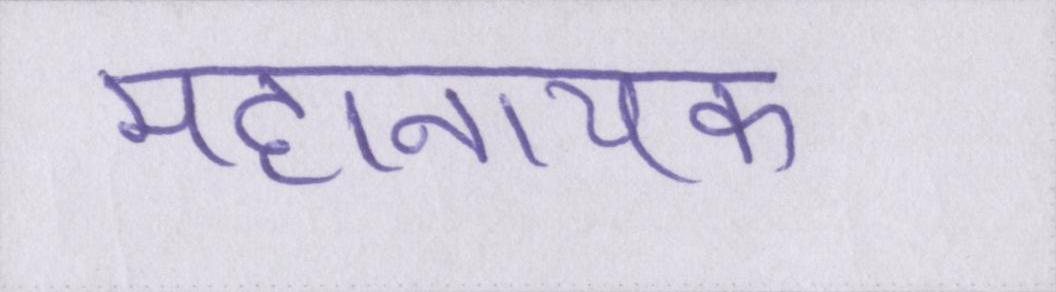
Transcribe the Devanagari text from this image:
महानायक